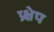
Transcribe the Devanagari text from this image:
प्र्क्षेप